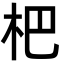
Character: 杷